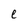
Character: e